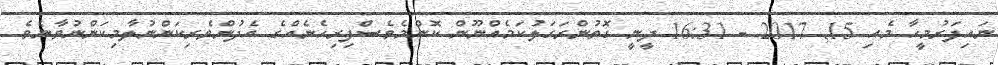
ނައިފަރުމީހާ މެއި 15